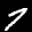
Label: 7